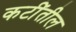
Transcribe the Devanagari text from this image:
कटींतील